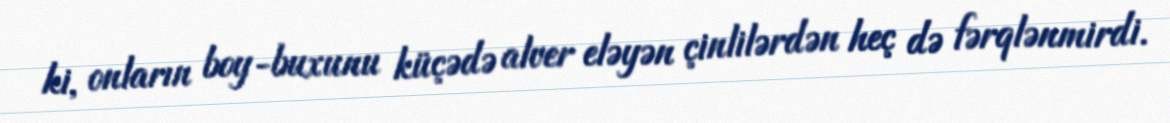
ki, onların boy-buxunu küçədə alver eləyən çinlilərdən heç də fərqlənmirdi.